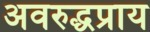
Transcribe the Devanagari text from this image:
अवरुद्धप्राय